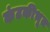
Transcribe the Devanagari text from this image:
कंटकीभूत